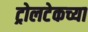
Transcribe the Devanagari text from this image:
ट्रोलटेकच्या